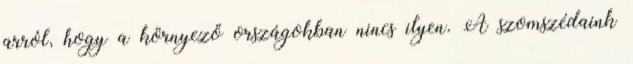
arról, hogy a környező országokban nincs ilyen. A szomszédaink